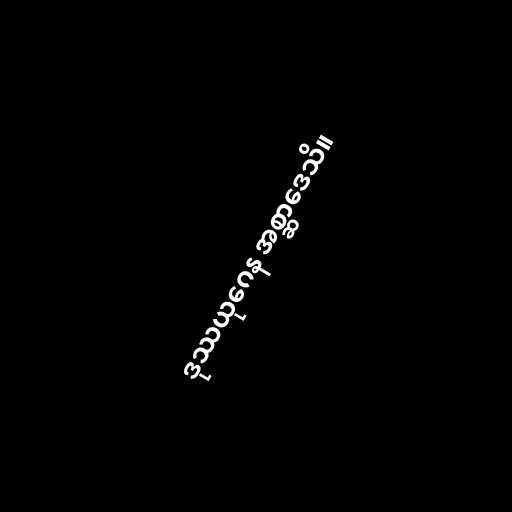
ဒုဿယုဂေန အစ္ဆာဒေသိ။